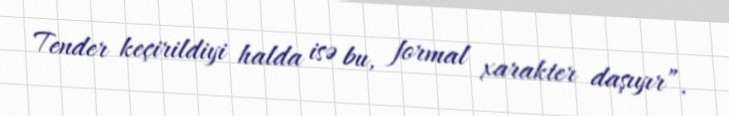
Tender keçirildiyi halda isə bu, formal xarakter daşıyır”.